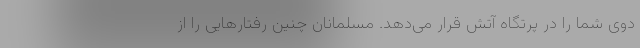
دوی شما را در پرتگاه آتش قرار می‌دهد. مسلمانان چنین رفتارهایی را از